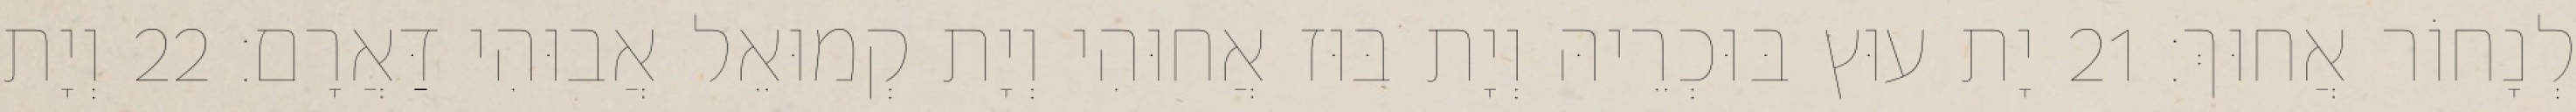
לְנָחוֹר אֲחוּךְ׃ 21 יָת עוּץ בּוּכְרֵיהּ וְיָת בּוּז אֲחוּהִי וְיָת קְמוּאֵל אֲבוּהִי דַּאֲרָם׃ 22 וְיָת